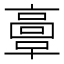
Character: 𩫏